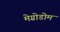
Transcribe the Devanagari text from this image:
मेग्रोडोम